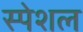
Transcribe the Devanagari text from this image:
स्‍पेशल